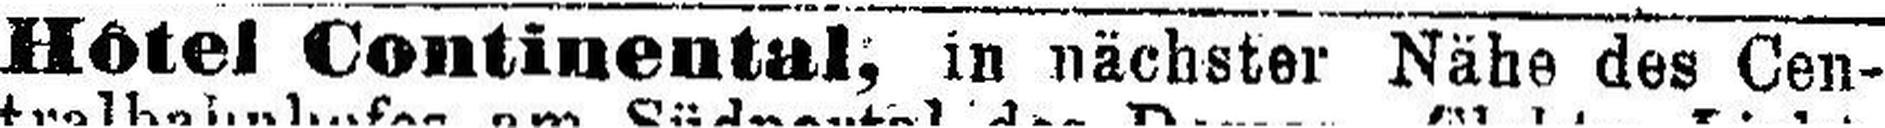
Hôtel Continental; in nächster Nähe des Cen¬